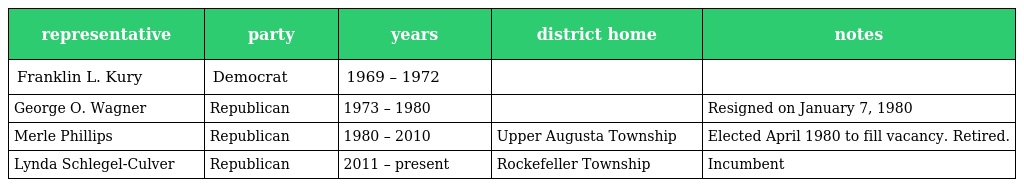
| representative | party | years | district home | notes |
 | --- | --- | --- | --- | --- |
 | Franklin L. Kury | Democrat | 1969 – 1972 |  |  |
 | George O. Wagner | Republican | 1973 – 1980 |  | Resigned on January 7, 1980 |
 | Merle Phillips | Republican | 1980 – 2010 | Upper Augusta Township | Elected April 1980 to fill vacancy. Retired. |
 | Lynda Schlegel-Culver | Republican | 2011 – present | Rockefeller Township | Incumbent |